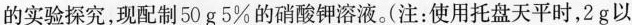
的实验探究，现配制50g5%的硝酸钾溶液。(注：使用托盘天平时，2g以